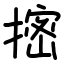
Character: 㨸